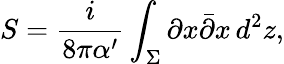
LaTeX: S=\frac{i}{8\pi\alpha^{\prime}}\int_{\Sigma}\partial x\bar{\partial}x\, d^{2}z,